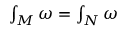
\textstyle { \int _ { M } \omega = \int _ { N } \omega }